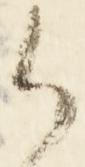
御